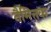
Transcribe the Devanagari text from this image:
नैमित्तक